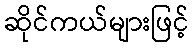
ဆိုင်ကယ်များဖြင့်